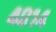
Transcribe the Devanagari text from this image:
४०१४